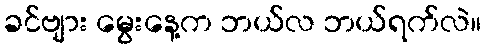
ခင်ဗျား မွေးနေ့က ဘယ်လ ဘယ်ရက်လဲ။